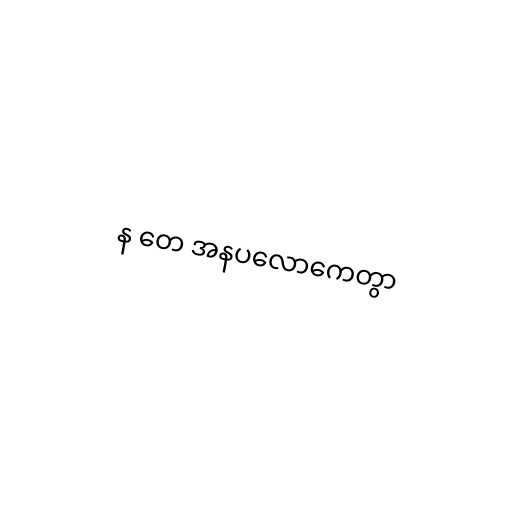
န တေ အနပလောကေတွာ